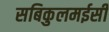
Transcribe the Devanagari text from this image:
सबिकुलमईसी